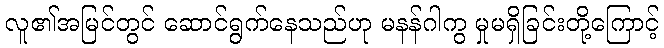
လူ၏အမြင်တွင် ဆောင်ရွက်နေသည်ဟု မနန်ဂါကွ မှုမရှိခြင်းတို့ကြောင့်